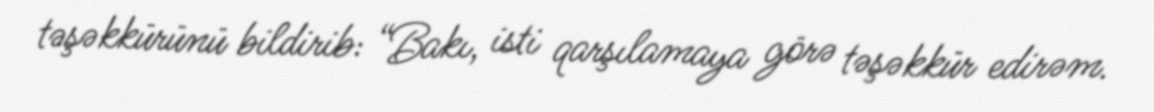
təşəkkürünü bildirib: “Bakı, isti qarşılamaya görə təşəkkür edirəm.